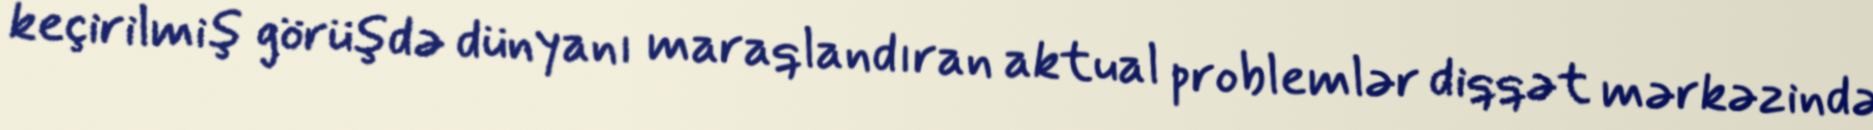
keçirilmiş görüşdə dünyanı maraqlandıran aktual problemlər diqqət mərkəzində